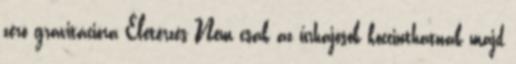
zéró gravitációra Életérzés Nem csak az űrhajósok koccinthatnak majd